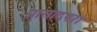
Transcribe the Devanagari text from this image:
प्रासादपरा